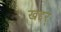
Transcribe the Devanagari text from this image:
खद्दर्